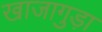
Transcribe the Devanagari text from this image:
खाजागुड़ा